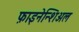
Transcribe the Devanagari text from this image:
फ़ाइनेन्शिअल